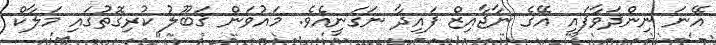
އޭނަ ނިންދަވާފައި އޭގެ ނާޖާއިޒް ފައިދާ ނަގަނީއެވެ. މައުވަން ޤަބޫލު ކުރިގޮތުގައި މަލާކް